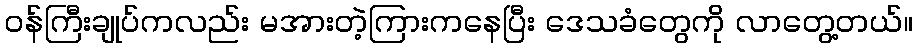
၀န်ကြီးချုပ်ကလည်း မအားတဲ့ကြားကနေပြီး ဒေသခံတွေကို လာတွေ့တယ်။